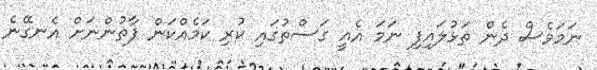
ނަމަވެސް ދެން ތަޅުލައިފި ނަމަ އެއީ ގަސްތުގައި ކުރި ކަމެއްކަން ފާތުންނަށް އެނގޭނެ